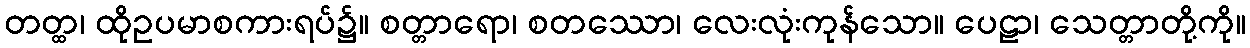
တတ္ထ၊ ထိုဥပမာစကားရပ်၌။ စတ္တာရော၊ စတဿော၊ လေးလုံးကုန်သော။ ပေဠာ၊ သေတ္တာတို့ကို။